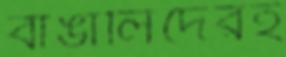
বাঙালিদেরই